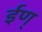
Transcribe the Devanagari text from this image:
ईण्